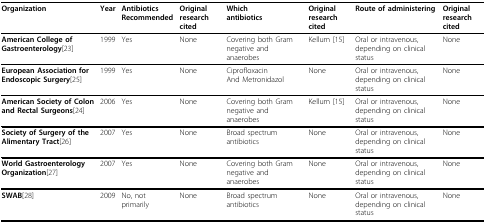
| Organization | Year | AntibioticsRecommended | Original research cited | Whichantibiotics | Original research cited | Route of administering | Original research cited |
 | --- | --- | --- | --- | --- | --- | --- | --- |
 | American College of Gastroenterology[23] | 1999 | Yes | None | Covering both Gram negative and anaerobes | Kellum [15] | Oral or intravenous, depending on clinical status | None |
 | European Association for Endoscopic Surgery[25] | 1999 | Yes | None | CiprofloxacinAnd Metronidazol | None | Oral or intravenous, depending on clinical status | None |
 | American Society of Colon and Rectal Surgeons[24] | 2006 | Yes | None | Covering both Gram negative and anaerobes | Kellum [15] | Oral or intravenous, depending on clinical status | None |
 | Society of Surgery of the Alimentary Tract[26] | 2007 | Yes | None | Broad spectrum antibiotics | None | Oral or intravenous, depending on clinical status | None |
 | World Gastroenterology Organization[27] | 2007 | Yes | None | Covering both Gram negative and anaerobes | None | Oral or intravenous, depending on clinical status | None |
 | SWAB[28] | 2009 | No, not primarily | None | Broad spectrum antibiotics | None | Oral or intravenous, depending on clinical status | None |